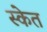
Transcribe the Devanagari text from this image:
स्केत